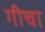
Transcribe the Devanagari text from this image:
गीचा